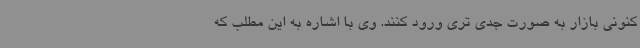
کنونی بازار به صورت جدی تری ورود کنند. وی با اشاره به این مطلب که